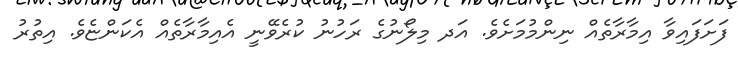
ފަށަފައިވާ އިމާރާތެއް ނިންމުމަށެވެ. އަދ މިލޯނުގެ ރަހުނު ކުރެވޭނީ އެއިމާރާތެއް އެކަންޏެވެ. އިތުރު